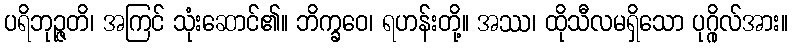
ပရိဘုဉ္ဇတိ၊ အကြင် သုံးဆောင်၏။ ဘိက္ခဝေ၊ ရဟန်းတို့။ အဿ၊ ထိုသီလမရှိသော ပုဂ္ဂိုလ်အား။